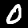
Digit: 0